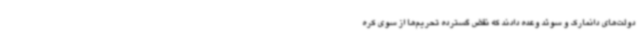
دولت‌های دانمارک و سوئد وعده دادند که نقض گسترده تحریم‌ها از سوی کره